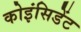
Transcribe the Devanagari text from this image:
कोइंसिडेंट